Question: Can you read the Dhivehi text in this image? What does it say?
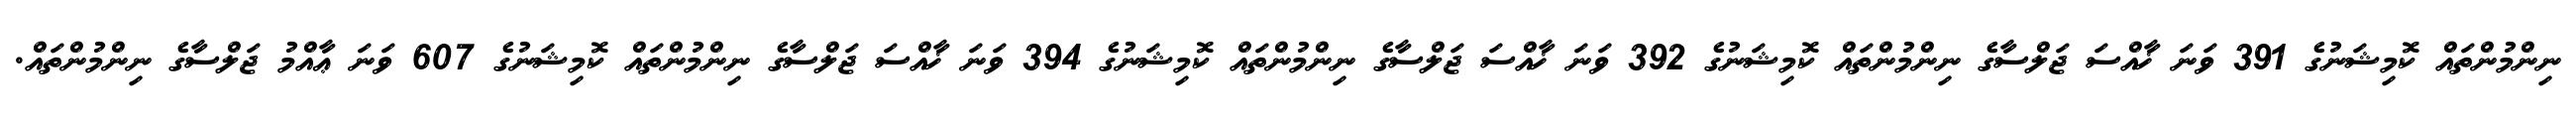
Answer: ނިންމުންތައް ކޮމިޝަނުގެ 391 ވަނަ ޚާއްސަ ޖަލްސާގެ ނިންމުންތައް ކޮމިޝަނުގެ 392 ވަނަ ޚާއްސަ ޖަލްސާގެ ނިންމުންތައް ކޮމިޝަނުގެ 394 ވަނަ ޚާއްސަ ޖަލްސާގެ ނިންމުންތައް ކޮމިޝަނުގެ 607 ވަނަ ޢާއްމު ޖަލްސާގެ ނިންމުންތައް.